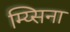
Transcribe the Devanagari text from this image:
म्य्सिना